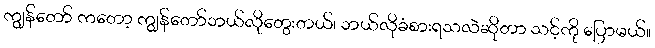
ကျွန်တော် ကတော့ ကျွန်တော်ဘယ်လိုတွေးတယ်၊ ဘယ်လိုခံစားရသလဲဆိုတာ သင့်ကို ပြောမယ်။